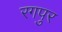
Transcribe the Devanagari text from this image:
रगपुर